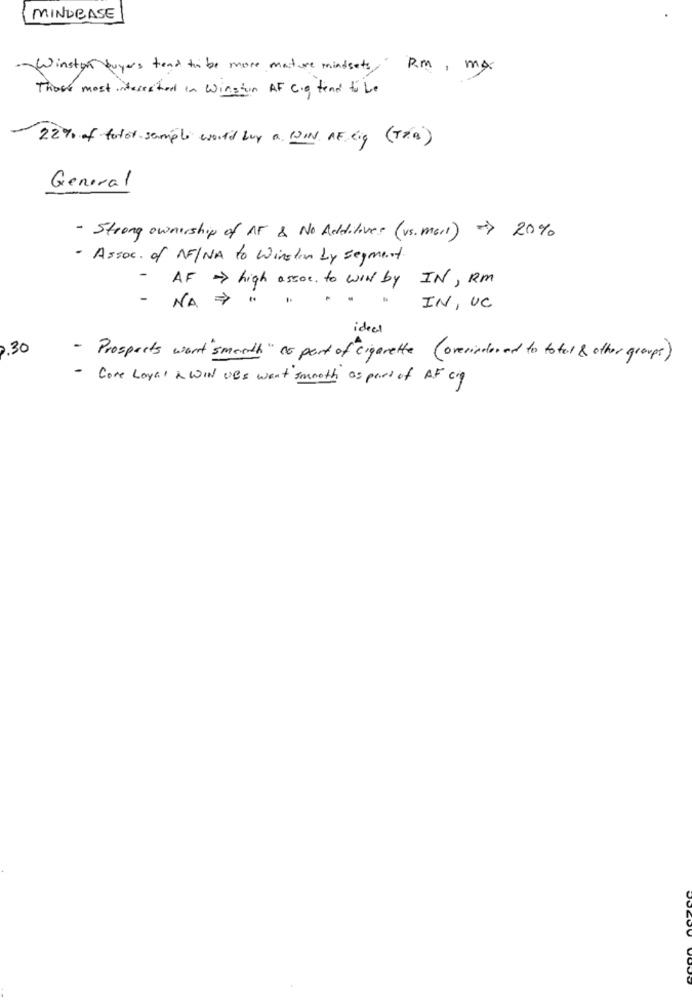
MINUBASE
Winston buyers tend to be more mature mindsets, RM, Ma
Those most interested in Winston AF Cig tend to be
22% of fotor sample would buy a coIN AElig ( Tra)
General
- Strong ownership of AF & No Additives (vs. mail) > 20%
- Assoc. of AF/NA to Winsten by segment.
-
AF > high assoc. to win by IN, Rm
- NA >
..
IN, UC
ideal
2.30
- Prospects wont'smonth " to part of cigarette (overindered to total & other groups)
- Core Loyal & WIN ues want smooth as part of AF cy